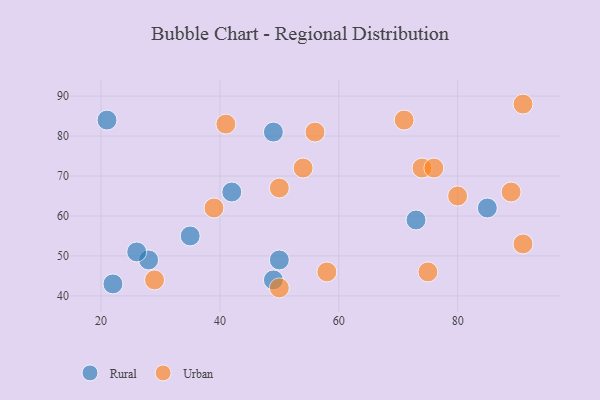
{"axis": {"x": "GDP", "y": "Life Expectancy"}, "legend": ["Rural", "Urban"], "data": [{"x": "73", "y": 59, "type": "Rural"}, {"x": "21", "y": 84, "type": "Rural"}, {"x": "49", "y": 81, "type": "Rural"}, {"x": "50", "y": 49, "type": "Rural"}, {"x": "28", "y": 49, "type": "Rural"}, {"x": "22", "y": 43, "type": "Rural"}, {"x": "35", "y": 55, "type": "Rural"}, {"x": "42", "y": 66, "type": "Rural"}, {"x": "85", "y": 62, "type": "Rural"}, {"x": "26", "y": 51, "type": "Rural"}, {"x": "49", "y": 44, "type": "Rural"}, {"x": "74", "y": 72, "type": "Urban"}, {"x": "50", "y": 42, "type": "Urban"}, {"x": "71", "y": 84, "type": "Urban"}, {"x": "41", "y": 83, "type": "Urban"}, {"x": "76", "y": 72, "type": "Urban"}, {"x": "91", "y": 88, "type": "Urban"}, {"x": "89", "y": 66, "type": "Urban"}, {"x": "91", "y": 53, "type": "Urban"}, {"x": "50", "y": 67, "type": "Urban"}, {"x": "56", "y": 81, "type": "Urban"}, {"x": "58", "y": 46, "type": "Urban"}, {"x": "29", "y": 44, "type": "Urban"}, {"x": "80", "y": 65, "type": "Urban"}, {"x": "54", "y": 72, "type": "Urban"}, {"x": "75", "y": 46, "type": "Urban"}, {"x": "39", "y": 62, "type": "Urban"}]}